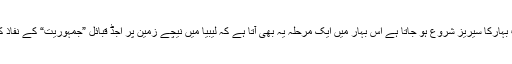
دوسری طرف عشروں تک شخصی آمریت کے تحت زندگی گزارنے والے عرب ممالک میں عرب بہارکا سیریز شروع ہو جاتا ہے اس بہار میں ایک مرحلہ یہ بھی آتا ہے کہ لیبیا میں نیچے زمین پر اجڈ قبائل ”جمہوریت“ کے نفاذ کے لئے اسلحہ اٹھاتے ہیں اور اوپر سے نیٹو کی فضائی قوت ان کا بھرپور ساتھ دے رہی ہوتی ہے۔